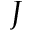
{ \cal J }